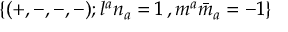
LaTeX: \{ ( + , - , - , - ) ; l ^ { a } n _ { a } = 1 \, , m ^ { a } { \bar { m } } _ { a } = - 1 \}